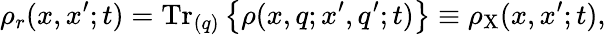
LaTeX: \rho_{r}(x,x^{\prime};t)=\mathrm{Tr}_{(q)}\left\{ \rho(x,q;x^{\prime},q^{\prime};t)\right\} \equiv\rho_{\mathrm{X}}(x,x^{\prime};t),